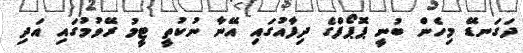
ދަގަނޑޭ މިހެން ބުނީ ޕޮޕޯފްގެ ދިފާއުގައި އޭނާ ނުކުތީ ޓީމު ރޭވުމުގައި އަދި